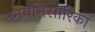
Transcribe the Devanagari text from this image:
उभयभिसारिका